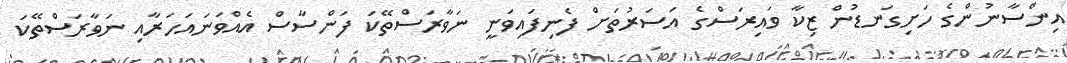
އިންސާނުންގެ ހަށިގަނޑުން ޒިކާ ވައިރަސްގެ އަސަރުތަށް ފެނިފައިވަނީ ނަވާރަސްތޭކަ ފަންސާސް އެއްވަނައަހަރާއި ނަވާރަސްތޭކަ